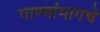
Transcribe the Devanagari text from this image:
गाण्यांमागचे